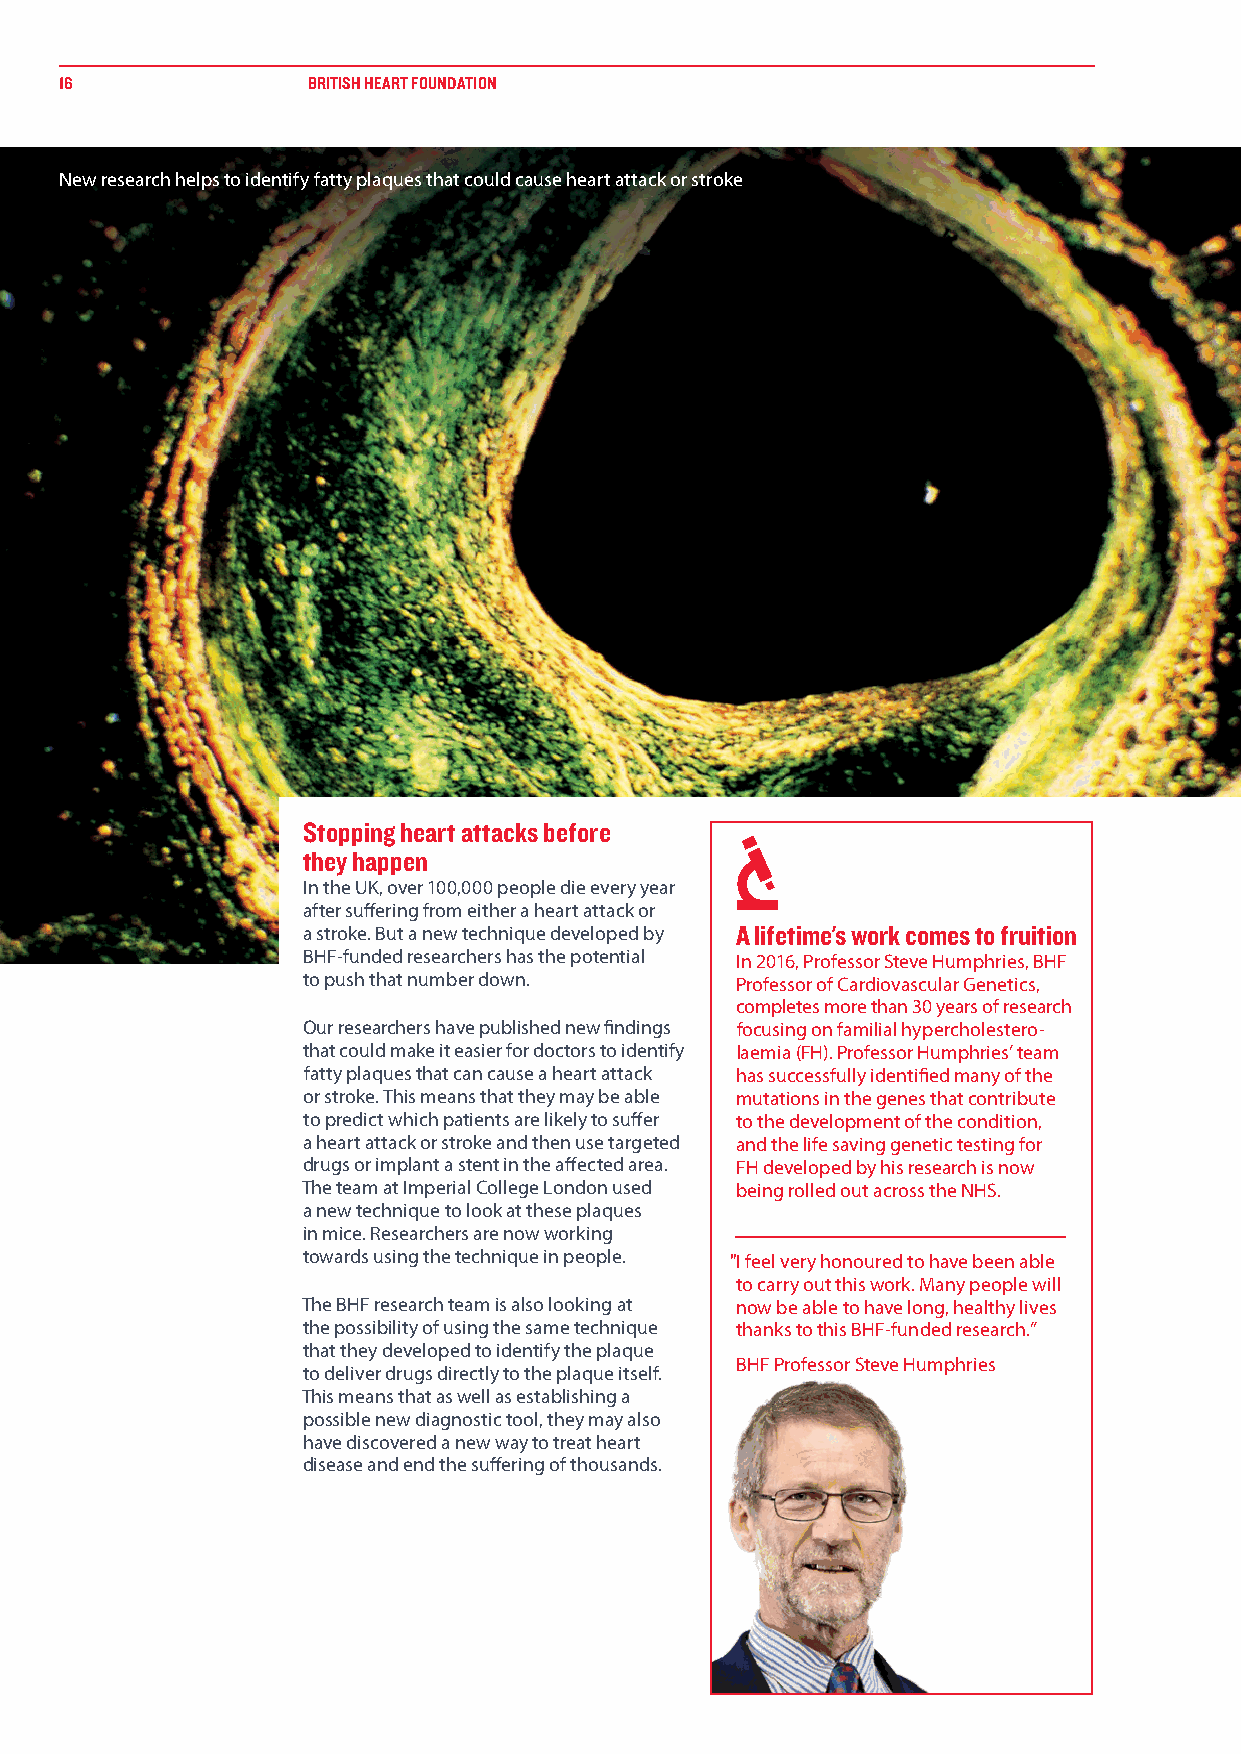
16              BRITISH HEART FOUNDATION
 New research helps to identify fatty plaques that could cause heart attack or stroke
 Stopping heart attacks before
 they happen
 In the UK, over 100,000 people die every year
 after suffering from either a heart attack or
 a stroke. But a new technique developed by A lifetime's work comes to fruition
 BHF-funded researchers has the potential In 2016, Professor Steve Humphries, BHF
 to push that number down.    Professor of Cardiovascular Genetics,
 completes more than 30 years of research
 Our researchers have published new findings focusing on familial hypercholestero-
 that could make it easier for doctors to identify laemia (FH). Professor Humphries’ team
 fatty plaques that can cause a heart attack has successfully identified many of the
 or stroke. This means that they may be able mutations in the genes that contribute
 to predict which patients are likely to suffer to the development of the condition,
 a heart attack or stroke and then use targeted and the life saving genetic testing for
 drugs or implant a stent in the affected area. FH developed by his research is now
 The team at Imperial College London used being rolled out across the NHS.
 a new technique to look at these plaques
 in mice. Researchers are now working
 towards using the technique in people. "I feel very honoured to have been able
 to carry out this work. Many people will
 The BHF research team is also looking at now be able to have long, healthy lives
 the possibility of using the same technique thanks to this BHF-funded research.”
 that they developed to identify the plaque
 BHF Professor Steve Humphries
 to deliver drugs directly to the plaque itself.
 This means that as well as establishing a
 possible new diagnostic tool, they may also
 have discovered a new way to treat heart
 disease and end the suffering of thousands.